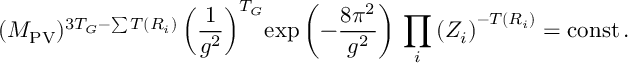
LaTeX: ( M _ { \mathrm { P V } } ) ^ { 3 T _ { G } - \sum T ( R _ { i } ) } \left( \frac { 1 } { g ^ { 2 } } \right) ^ { T _ { G } } \! \exp \left( - \frac { 8 \pi ^ { 2 } } { g ^ { 2 } } \right) \, \prod _ { i } \left( Z _ { i } \right) ^ { - T ( R _ { i } ) } = \mathrm { c o n s t } \, .